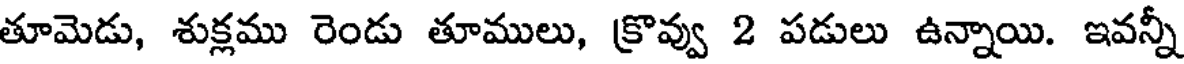
తూమెడు, శుక్లము రెండు తూములు, క్రొవ్వు 2 పడులు ఉన్నాయి. ఇవన్నీ